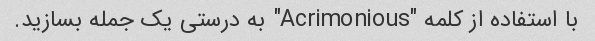
با استفاده از کلمه "Acrimonious" به درستی یک جمله بسازید.